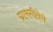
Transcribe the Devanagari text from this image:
ग्रामगीतेचे